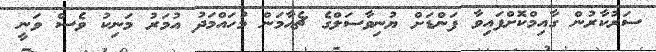
ސަރުކާރުން ގާއިމްކޮށްފައިވާ ފަންޑަށް ޔުނިވާސަލްގެ ޗެއާމަން މުހައްމަދު އުމަރު މަނިކު ވެސް ވަނީ